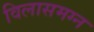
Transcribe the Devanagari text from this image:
विलासमग्न